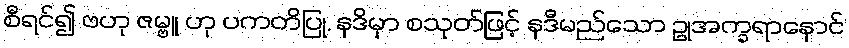
စီရင်၍ ဗဟု ဇမ္ဗူ ဟု ပကတိပြု, နဒိမှာ စသုတ်ဖြင့် နဒီမည်သော ဥုအက္ခရာနောင်